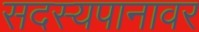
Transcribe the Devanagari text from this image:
सदस्यपानावर